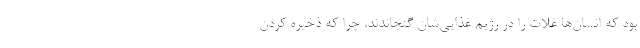
بود که انسان‌ها غلات را در رژیم غذایی‌شان گنجاندند، چرا که ذخیره کردن